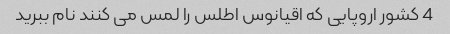
4 کشور اروپایی که اقیانوس اطلس را لمس می کنند نام ببرید